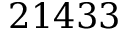
2 1 4 3 3